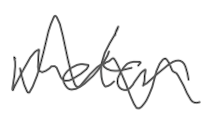
Text: motor
Cross-out: wave
Writing tool: digital_gray